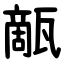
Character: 甋